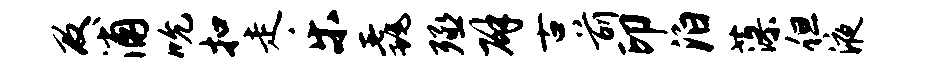
及浦吮扣走乐毳殛辟古前印泊藻但液